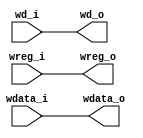
`timescale 1ns / 1ps
//////////////////////////////////////////////////////////////////////////////////
// Company: 
// Engineer: 
// 
// Design Name: 
// Module Name: mem
// Project Name: 
// Target Devices: 
// Tool Versions: 
// Description: 
// 
// Dependencies: 
// 
// Revision:
// Revision 0.01 - File Created
// Additional Comments:
// 
//////////////////////////////////////////////////////////////////////////////////


module mem(
    input wire[31:0] wdata_i,
    input wire[4:0] wd_i,
    input wire wreg_i,
    output wire[31:0] wdata_o,
    output wire[4:0] wd_o,
    output wire wreg_o
    );

    assign wdata_o=wdata_i;
    assign wd_o=wd_i;
    assign wreg_o=wreg_i;
endmodule